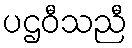
ပဌဝီသညီ